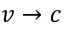
v \rightarrow c